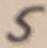
Text: 5